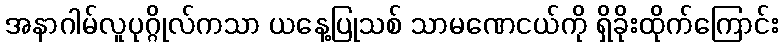
အနာဂါမ်လူပုဂ္ဂိုလ်ကသာ ယနေ့ပြုသစ် သာမဏေငယ်ကို ရှိခိုးထိုက်ကြောင်း